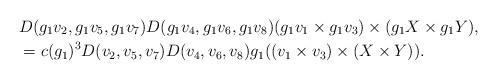
LaTeX: \begin{align*}& D(g_1 v_2,g_1 v_5,g_1v_7)D(g_1v_4,g_1v_6,g_1v_8)(g_1v_1\times g_1v_3)\times (g_1X\times g_1Y), \\ & = c(g_1)^3 D(v_2,v_5,v_7)D(v_4,v_6,v_8)g_1((v_1\times v_3)\times (X\times Y)). \end{align*}